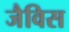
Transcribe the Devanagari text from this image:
जैविस